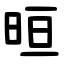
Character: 晅